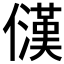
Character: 𪝳